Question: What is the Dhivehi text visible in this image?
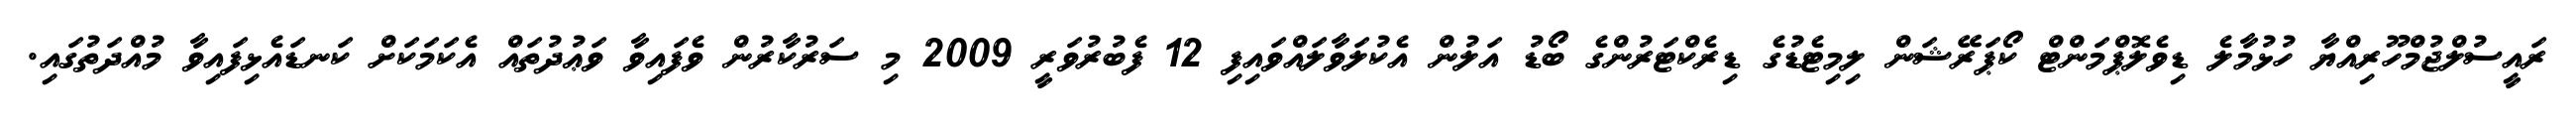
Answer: ރައީސުލްޖުމްހޫރިއްޔާ ހުޅުމާލެ ޑިވެލޮޕްމަންޓް ކޯޕަރޭޝަން ލިމިޓެޑުގެ ޑިރެކްޓަރުންގެ ބޯޑު އަލުން އެކުލަވާލައްވައިފި 12 ފެބުރުވަރީ 2009 މި ސަރުކާރުން ވެފައިވާ ވަޢުދުތައް އެކަމަކަށް ކަނޑައެޅިފައިވާ މުއްދަތުގައި.